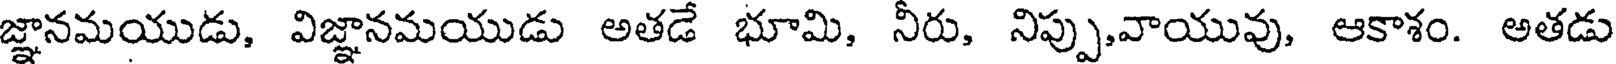
జ్ఞానమయుడు, విజ్ఞానమయుడు అతడే భూమి, నీరు, నిప్పు,వాయువు, ఆకాశం. అతడు